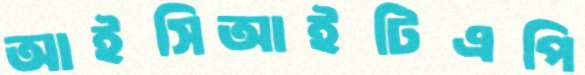
আইসিআইটিএপি